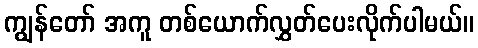
ကျွန်တော် အကူ တစ်ယောက်လွှတ်ပေးလိုက်ပါမယ်။